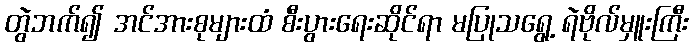
တွဲဘက်၍ အင်အားစုများထံ စီးပွားရေးဆိုင်ရာ မပြုသရွေ့ ရဲဗိုလ်မှူးကြီး